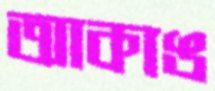
আকাঙ